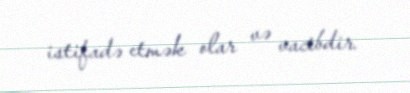
istifadə etmək olar və vacibdir.